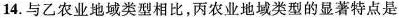
14.与乙农业地域类型相比，丙农业地域类型的显著特点是